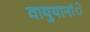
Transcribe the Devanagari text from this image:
वायुयानांे